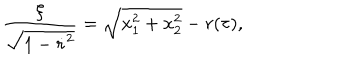
\frac { \xi } { \sqrt { 1 - \dot { r } ^ { 2 } } } = \sqrt { x _ { 1 } ^ { 2 } + x _ { 2 } ^ { 2 } } - r ( \tau ) ,